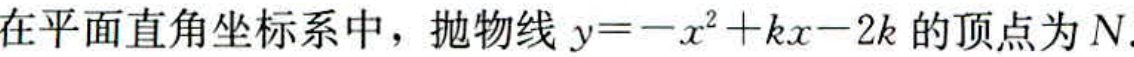
在平面直角坐标系中，抛物线 \(y = -x^{2}+kx - 2k\) 的顶点为 \(N\).